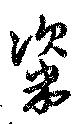
粢